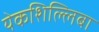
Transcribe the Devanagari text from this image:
येकशिल्लिबा